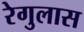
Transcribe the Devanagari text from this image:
रेगुलास